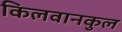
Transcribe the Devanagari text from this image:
किलवानकुल